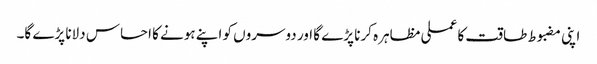
اپنی مضبوط طاقت کا عملی مظاہرہ کرنا پڑے گا اور دوسروں کو اپنے ہونے کا احساس دلانا پڑے گا۔